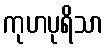
ကုဟပုရိသာ